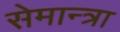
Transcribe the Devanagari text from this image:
सेमान्त्रा